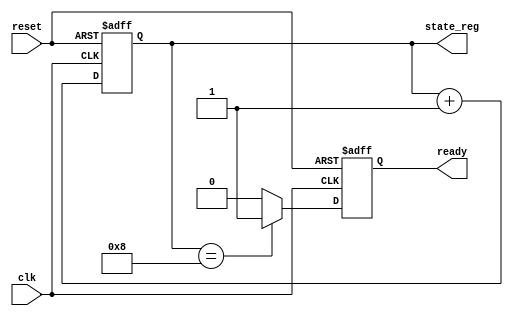
module ClockCycleInitialization (
    input wire clk,           // Clock signal
    input wire reset,         // Reset signal (active high)
    output reg [7:0] state_reg, // Example state register initialized to 0
    output reg ready         // Example output signal indicating system is ready
);

    // State definitions (if needed)
    // parameter STATE_IDLE = 2'b00;
    // parameter STATE_ACTIVE = 2'b01;
    // Define other states as necessary

    // Initialization
    initial begin
        state_reg = 8'b00000000; // Initialize state register to 0
        ready = 1'b0;            // Initialize ready signal to low
    end

    // Always block for synchronous reset and clock operations
    always @(posedge clk or posedge reset) begin
        if (reset) begin
            // Reset internal states
            state_reg <= 8'b00000000; // Reset state register
            ready <= 1'b0;            // Reset ready signal
            // Initialize other components as needed
        end else begin
            // Normal operation
            // Example: Incrementing the state register
            state_reg <= state_reg + 1; // Increment state as a simple example

            // Example condition to set 'ready' signal
            if (state_reg == 8'b00001000) begin // Example condition
                ready <= 1'b1; // Indicate that the system is ready
            end else begin
                ready <= 1'b0; // Reset 'ready' when not in desired state
            end

            // Additional logic can be implemented as necessary
        end
    end

    // You can add additional always blocks or combinational logic as needed
endmodule